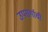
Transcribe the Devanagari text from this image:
उपसर्गाची